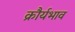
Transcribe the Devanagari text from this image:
क्रौर्यभाव